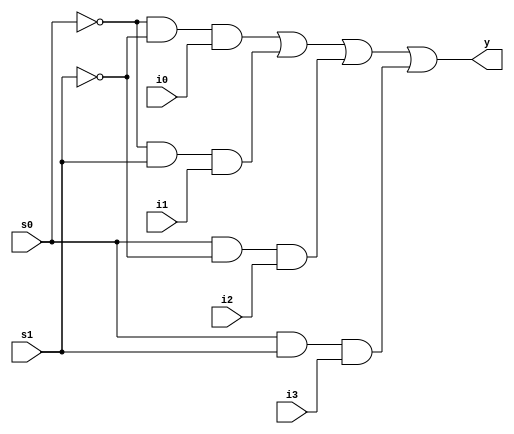
module mux14 (
    y,s0,s1,i0,i1,i2,i3
);
    input i0,i1,i2,i3;
    input s0,s1;
    output y;

    assign y =(~s0&~s1&i0)|(~s0&s1&i1)|(s0&~s1&i2)|(s0&s1&i3);

endmodule